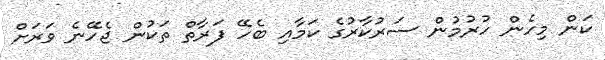
ކަން މިހެން ހުރުމުން ސަރުކާރުގެ ކަމާއި ބެހޭ ފަރާތް ތަކުން ޖެހޭނެ ވަރަށް